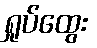
ရှုပ်ထွေး